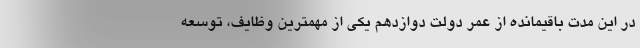
در این مدت باقیمانده از عمر دولت دوازدهم یکی از مهمترین وظایف، توسعه